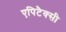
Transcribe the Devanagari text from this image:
एपिटैक्सी